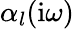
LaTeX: \alpha_{l}(\mathrm{i}\omega)